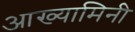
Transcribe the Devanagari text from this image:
आख्यामिनी